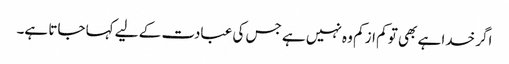
اگر خدا ہے بھی تو کم از کم وہ نہیں ہے جس کی عبادت کے لیے کہا جاتا ہے۔